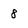
Character: 8